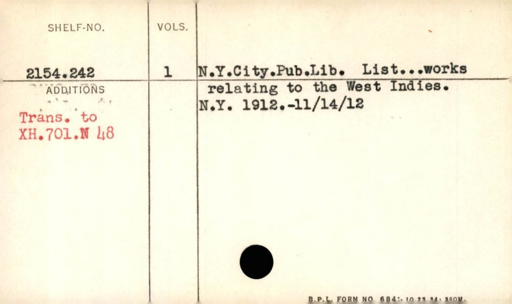
Label: content